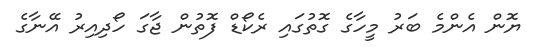
ޔޮން އެންމެ ބަރު މީހާގެ ގޮތުގައި ރެކޯޑް ފޮތުން ޖާގަ ހޯދިއިރު އޭނާގެ